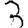
Digit: 3